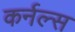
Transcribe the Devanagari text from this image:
कर्नल्स